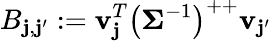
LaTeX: B_{\mathbf{j},\mathbf{j}^{\prime}}:=\mathbf{{v}}_{\mathbf{j}}^{T}\left(\mathbf{{\Sigma}}^{-1}\right)^{++}\mathbf{{v}}_{\mathbf{j}^{\prime}}